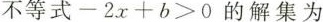
不等式$$- 2 x + b > 0$$的解集为